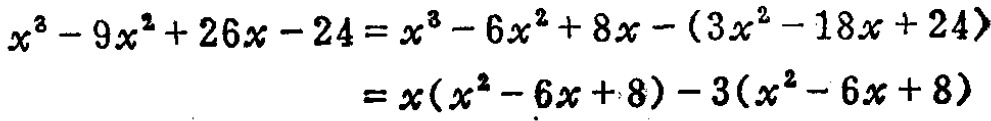
\[
\begin{align*}
x^{3}-9x^{2}+26x - 24&=x^{3}-6x^{2}+8x-(3x^{2}-18x + 24)\\
&=x(x^{2}-6x + 8)-3(x^{2}-6x + 8)
\end{align*}
\]